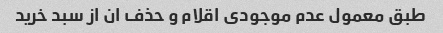
طبق معمول عدم موجودی اقلام و حذف ان از سبد خرید